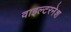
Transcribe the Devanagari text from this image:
वाइल्टरनेश